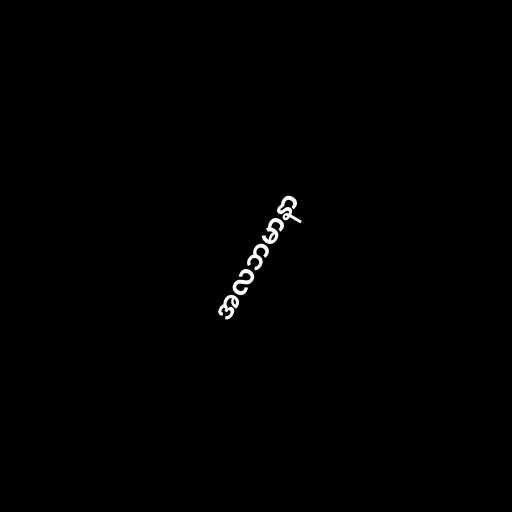
အလဘမာနာ